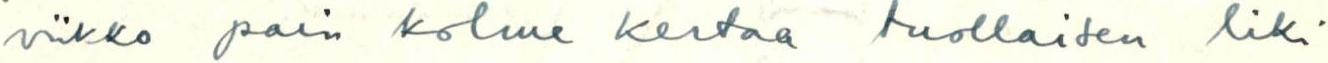
viikko pari kolme kertaa tuollaisen liki